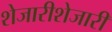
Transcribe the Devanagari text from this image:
शेजारीशेजारी